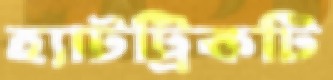
হ্যাটট্রিকটি